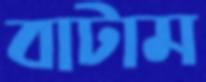
বাটাম